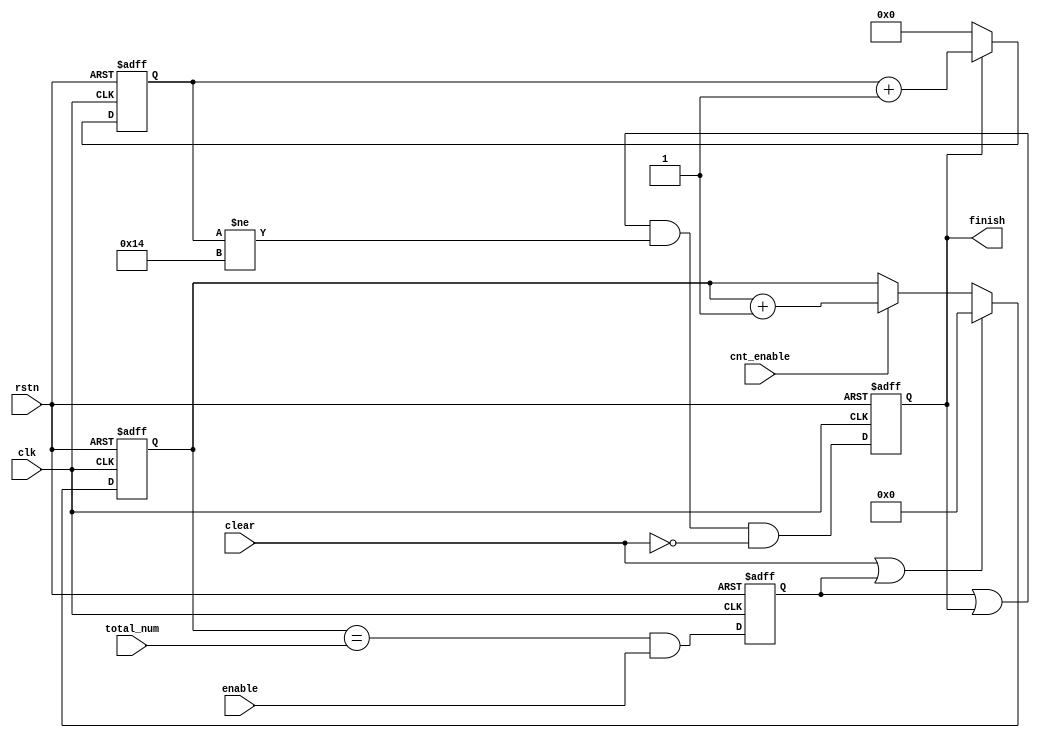
// Generated by stratus_hls 19.10-p100  (91500.011111)
// Tue Jan 12 16:27:28 2021
// from finish_gen.cpp

`timescale 1ps / 1ps

      
module finish_gen(clk, rstn, enable, clear, cnt_enable, total_num, finish);

      input clk;
      input rstn;
      input enable;
      input clear;
      input cnt_enable;
      input [31:0] total_num;
      output finish;
      reg finish;
      wire finish_gen_Equal_32Ux32U_1U_4_11_out1;
      wire finish_gen_And_1Ux1U_1U_4_12_out1;
      reg[31:0] finish_gen_N_Mux_32_2_11_4_9_out1;
      wire[31:0] finish_gen_Add2i1u32_4_8_out1;
      wire finish_gen_Or_1Ux1U_1U_4_7_out1;
      reg[31:0] finish_gen_Muxi0u32u1_4_10_out1;
      reg[31:0] cnt;
      reg[7:0] finish_gen_MuxAdd2i1u8i0u1_4_6_out1;
      wire finish_gen_And_1Ux1U_1U_4_4_out1;
      wire finish_gen_Not_1U_1U_4_3_out1;
      reg last_en;
      wire finish_gen_Or_1Ux1U_1U_4_2_out1;
      reg[7:0] internal_cnt;
      wire finish_gen_Nei20u8_4_1_out1;
      wire finish_gen_And_1Ux1U_1U_4_5_out1;

         // rtl_process:finish_gen/drive_finish
         // Sharing or Control mux
         // Sharing/Controlling 1 operation(s) on drive_finish
         // at: finish_gen.h:46:8
         always @(posedge clk or negedge rstn)
          begin :drive_finish
            if (rstn == 1'b0) begin
               // op:_finish/OP0
               finish <= 1'd0;
            end
            else begin
               // op:_finish/OP11
               finish <= finish_gen_And_1Ux1U_1U_4_5_out1;
            end
         end

         // rtl_instance:finish_gen/finish_gen_Nei20u8_4_1
         // Resource=finish_gen_Nei20u8_4, Function=ne : Inputs=8 Outputs=1
         // Implements 1 operation(s)
         // at: finish_gen.h:61:14
         assign finish_gen_Nei20u8_4_1_out1 = internal_cnt != 8'd020;

         // rtl_instance:finish_gen/finish_gen_Or_1Ux1U_1U_4_2
         // Resource=finish_gen_Or_1Ux1U_1U_4, Function=or : Inputs=1,1 Outputs=1
         // Implements 1 operation(s)
         // at: finish_gen.h:63:10
         assign finish_gen_Or_1Ux1U_1U_4_2_out1 = last_en | finish;

         // rtl_instance:finish_gen/finish_gen_Not_1U_1U_4_3
         // Resource=finish_gen_Not_1U_1U_4, Function=not : Inputs=1 Outputs=1
         // Implements 1 operation(s)
         // at: finish_gen.h:59:10
         assign finish_gen_Not_1U_1U_4_3_out1 = !clear;

         // rtl_instance:finish_gen/finish_gen_And_1Ux1U_1U_4_4
         // Resource=finish_gen_And_1Ux1U_1U_4, Function=and : Inputs=1,1 Outputs=1
         // Implements 1 operation(s)
         // at: finish_gen.h:61:10
         assign finish_gen_And_1Ux1U_1U_4_4_out1 = finish_gen_Or_1Ux1U_1U_4_2_out1 & finish_gen_Nei20u8_4_1_out1;

         // rtl_instance:finish_gen/finish_gen_And_1Ux1U_1U_4_5
         // Resource=finish_gen_And_1Ux1U_1U_4, Function=and : Inputs=1,1 Outputs=1
         // Implements 1 operation(s)
         // at: finish_gen.h:59:10
         assign finish_gen_And_1Ux1U_1U_4_5_out1 = finish_gen_And_1Ux1U_1U_4_4_out1 & finish_gen_Not_1U_1U_4_3_out1;

         // rtl_process:finish_gen/drive_internal_cnt
         // Sharing or Control mux
         // Sharing/Controlling 4 operation(s) on drive_internal_cnt
         // at: finish_gen.h:61:14
         // at: finish_gen.h:49:7
         // at: finish_gen.h:53:7
         always @(posedge clk or negedge rstn)
          begin :drive_internal_cnt
            if (rstn == 1'b0) begin
               // op:_internal_cnt/OP20
               internal_cnt <= 8'd000;
            end
            else begin
               // op:_internal_cnt/OP26
               internal_cnt <= finish_gen_MuxAdd2i1u8i0u1_4_6_out1;
            end
         end

         // rtl_instance:finish_gen/finish_gen_MuxAdd2i1u8i0u1_4
         always @(finish or internal_cnt)
          begin :finish_gen_MuxAdd2i1u8i0u1_4_6
            if (finish) begin
               finish_gen_MuxAdd2i1u8i0u1_4_6_out1 = internal_cnt + 8'd001;
            end
            else begin
               finish_gen_MuxAdd2i1u8i0u1_4_6_out1 = 8'd000;
            end
         end

         // rtl_process:finish_gen/drive_cnt
         // Sharing or Control mux
         // Sharing/Controlling 4 operation(s) on drive_cnt
         // at: finish_gen.h:40:7
         // at: finish_gen.h:44:7
         // at: finish_gen.h:28:10
         always @(posedge clk or negedge rstn)
          begin :drive_cnt
            if (rstn == 1'b0) begin
               // op:_up_count/OP29
               cnt <= 32'd0000000000;
            end
            else begin
               // op:_up_count/OP39
               cnt <= finish_gen_Muxi0u32u1_4_10_out1;
            end
         end

         // rtl_instance:finish_gen/finish_gen_Or_1Ux1U_1U_4_7
         // Resource=finish_gen_Or_1Ux1U_1U_4, Function=or : Inputs=1,1 Outputs=1
         // Implements 1 operation(s)
         // at: finish_gen.h:41:27
         assign finish_gen_Or_1Ux1U_1U_4_7_out1 = clear | last_en;

         // rtl_instance:finish_gen/finish_gen_Add2i1u32_4_8
         // Resource=finish_gen_Add2i1u32_4, Function=add : Inputs=32 Outputs=32
         // Implements 1 operation(s)
         // at: finish_gen.h:44:24
         assign finish_gen_Add2i1u32_4_8_out1 = cnt + 32'd0000000001;

         // rtl_instance:finish_gen/finish_gen_N_Mux_32_2_11_4
         always @(cnt_enable or cnt or finish_gen_Add2i1u32_4_8_out1)
          begin :finish_gen_N_Mux_32_2_11_4_9
            if (cnt_enable) begin
               finish_gen_N_Mux_32_2_11_4_9_out1 = finish_gen_Add2i1u32_4_8_out1;
            end
            else begin
               finish_gen_N_Mux_32_2_11_4_9_out1 = cnt;
            end
         end

         // rtl_instance:finish_gen/finish_gen_Muxi0u32u1_4
         always @(finish_gen_Or_1Ux1U_1U_4_7_out1 or finish_gen_N_Mux_32_2_11_4_9_out1)
          begin :finish_gen_Muxi0u32u1_4_10
            if (finish_gen_Or_1Ux1U_1U_4_7_out1) begin
               finish_gen_Muxi0u32u1_4_10_out1 = 32'd0000000000;
            end
            else begin
               finish_gen_Muxi0u32u1_4_10_out1 = finish_gen_N_Mux_32_2_11_4_9_out1;
            end
         end

         // rtl_process:finish_gen/drive_last_en
         // Sharing or Control mux
         // Sharing/Controlling 4 operation(s) on drive_last_en
         // at: finish_gen.h:63:14
         // at: finish_gen.h:41:30
         // at: finish_gen.h:26:7
         // at: finish_gen.h:34:7
         always @(posedge clk or negedge rstn)
          begin :drive_last_en
            if (rstn == 1'b0) begin
               // op:_gen_last_en/OP48
               last_en <= 1'd0;
            end
            else begin
               // op:_gen_last_en/OP54
               last_en <= finish_gen_And_1Ux1U_1U_4_12_out1;
            end
         end

         // rtl_instance:finish_gen/finish_gen_Equal_32Ux32U_1U_4_11
         // Resource=finish_gen_Equal_32Ux32U_1U_4, Function=eq : Inputs=32,32 Outputs=1
         // Implements 1 operation(s)
         // at: finish_gen.h:28:21
         assign finish_gen_Equal_32Ux32U_1U_4_11_out1 = cnt == total_num;

         // rtl_instance:finish_gen/finish_gen_And_1Ux1U_1U_4_12
         // Resource=finish_gen_And_1Ux1U_1U_4, Function=and : Inputs=1,1 Outputs=1
         // Implements 1 operation(s)
         // at: finish_gen.h:27:10
         assign finish_gen_And_1Ux1U_1U_4_12_out1 = finish_gen_Equal_32Ux32U_1U_4_11_out1 & enable;


endmodule